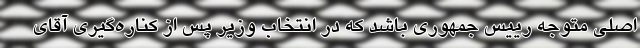
اصلی متوجه رییس جمهوری باشد که در انتخاب وزیر پس از کناره‌گیری آقای